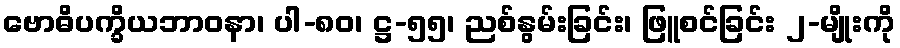
ဗောဓိပက္ခိယဘာဝနာ၊ ပါ-၈၀၊ ဋ္ဌ-၅၅၊ ညစ်နွမ်းခြင်း၊ ဖြူစင်ခြင်း ၂-မျိုးကို